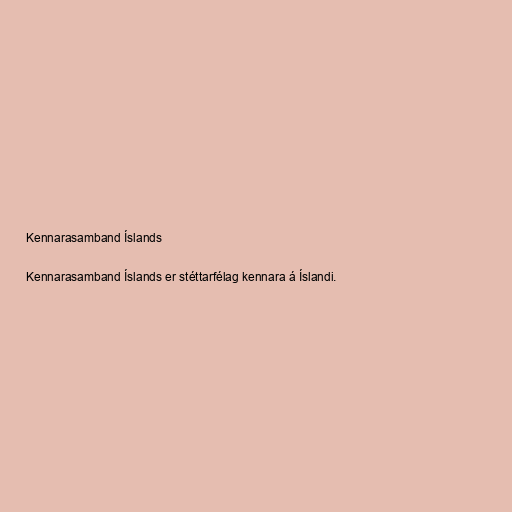
Kennarasamband Íslands

Kennarasamband Íslands er stéttarfélag kennara á Íslandi.